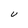
Character: U